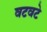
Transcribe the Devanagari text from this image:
वटवटे